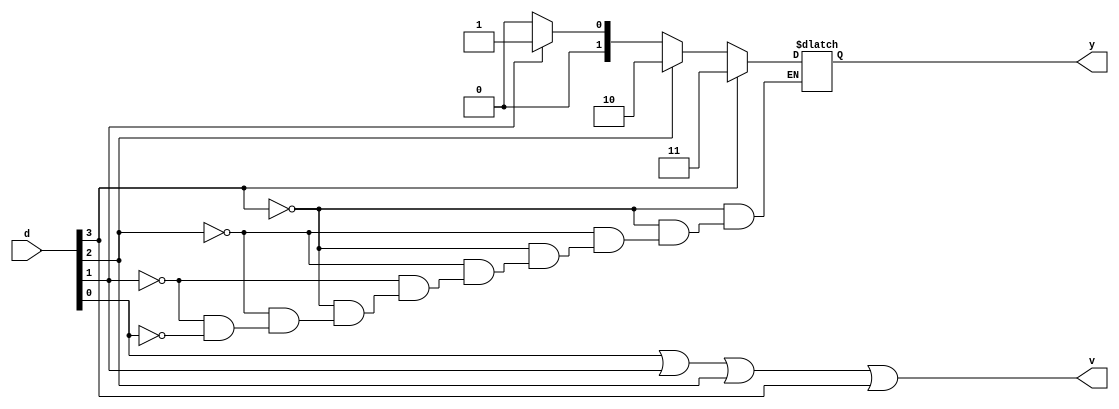
`timescale 1ns / 1ps
//////////////////////////////////////////////////////////////////////////////////
// Company: 
// Engineer: 
// 
// Design Name: 
// Module Name:    priority_encoder 
// Project Name: 
// Target Devices: 
// Tool versions: 
// Description: 
//
// Dependencies: 
//
// Revision: 
// Revision 0.01 - File Created
// Additional Comments: 
//
//////////////////////////////////////////////////////////////////////////////////
module priority_encoder(
              output reg [1:0]y,
				  output reg v,
				  input [3:0]d
    );
	  always@(d) begin
	           if(d[3] == 1)
				     begin
					    y=2'b11;
					  end
					  
					  else if(d[2] ==1)
					       begin
							   y=2'b10;
							 end
							 
							 else if(d[1]==1)
							      begin
                             y=2'b01;									
									end
									
									else if(d[0]==1)
									     begin
										     y=2'b00;
										  end
										  
										  v= d[0] | d[1] | d[2] | d[3];
	          end
	


endmodule